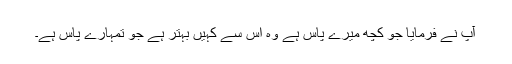
آپ نے فرمایا جو کچھ میرے پاس ہے وہ اس سے کہیں بہتر ہے جو تمہارے پاس ہے۔